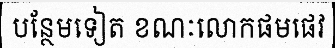
បន្ថែមទៀត ខណៈលោកផមផេវ